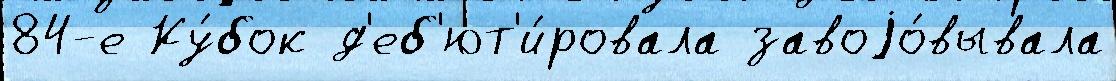
84-е Ку́бок д'еб'ют'и́ровала завоjо́вывала